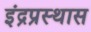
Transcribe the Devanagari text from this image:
इंद्रप्रस्थास